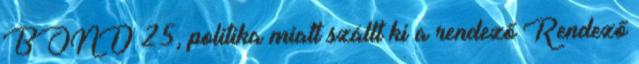
BOND 25, politika miatt szállt ki a rendező Rendező